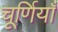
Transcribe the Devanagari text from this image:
चूर्णियाँ